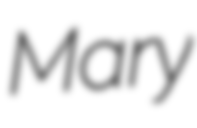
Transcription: Mary